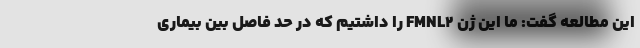
این مطالعه گفت: ما این ژن FMNL۲ را داشتیم که در حد فاصل بین بیماری